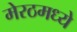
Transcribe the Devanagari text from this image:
मेरठमध्ये